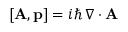
\left[ \mathbf { A } , \mathbf { p } \right] = i \hbar \, \nabla \cdot \mathbf { A }